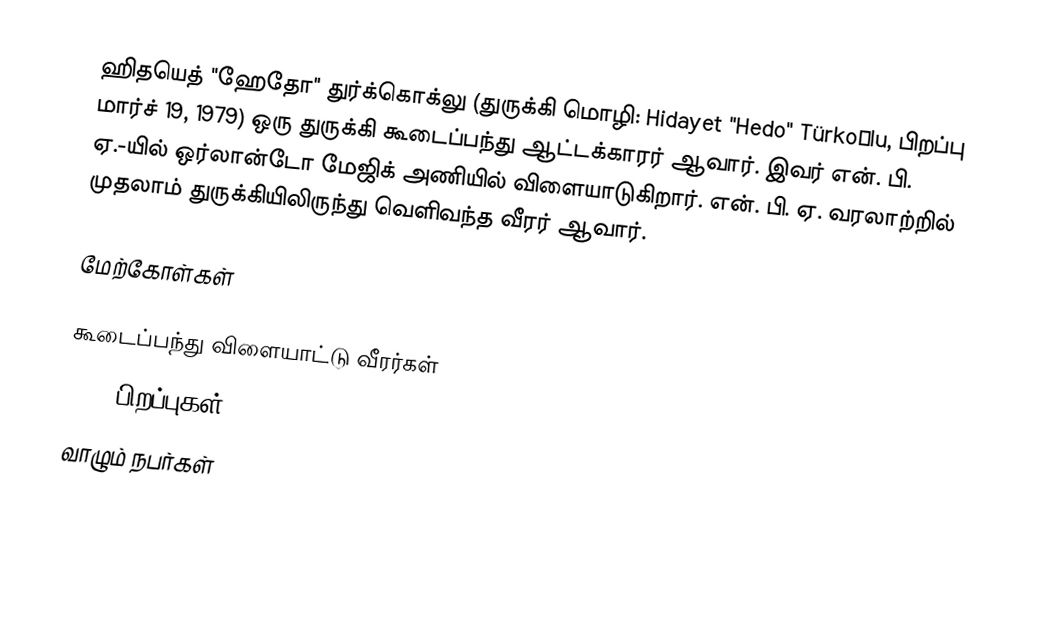
ஹிதயெத் "ஹேதோ" துர்க்கொக்லு (துருக்கி மொழி: Hidayet "Hedo" Türkoğlu, பிறப்பு மார்ச் 19, 1979) ஒரு துருக்கி கூடைப்பந்து ஆட்டக்காரர் ஆவார். இவர் என். பி. ஏ.-யில் ஒர்லான்டோ மேஜிக் அணியில் விளையாடுகிறார். என். பி. ஏ. வரலாற்றில் முதலாம் துருக்கியிலிருந்து வெளிவந்த வீரர் ஆவார்.

மேற்கோள்கள்

கூடைப்பந்து விளையாட்டு வீரர்கள்
1979 பிறப்புகள்
வாழும் நபர்கள்